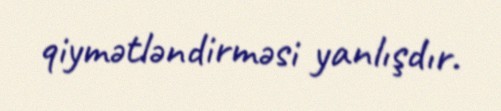
qiymətləndirməsi yanlışdır.